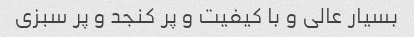
بسیار عالی و با کیفیت و پر کنجد و پر سبزی